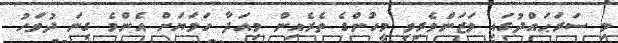
މި ސަރަޙައްދުގައި ވަޒަންވެރިވި މީހުންގެ ތެރެއިން މިއަދާ ހަމަޔަށް އެންމެ ގިނަ ދުވަހު